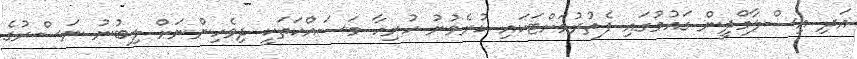
އަދި އިސްލާމްދީން ގައުމުގައި ފެތުރުމަށްޓަކައި ކުރެވުނު ހުރިހާ މަސައްކަތަކީ ދިވެހިންނަށް ލިބުނު ނަސްރުގެ